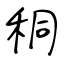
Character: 秱